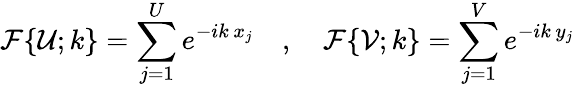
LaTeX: \mathcal{F}\{ \mathcal{U};k\} =\sum_{j=1}^{U}e^{-ik\, x_{j}}\quad,\quad\mathcal{F}\{ \mathcal{V};k\} =\sum_{j=1}^{V}e^{-ik\, y_{j}}